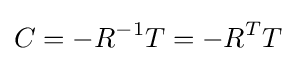
C=-R^{-1}T=-R^{T}T